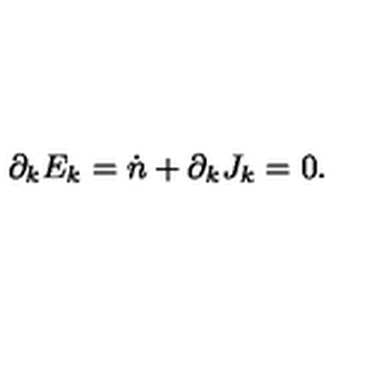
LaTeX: \partial _ { k } E _ { k } = \dot { n } + \partial _ { k } J _ { k } = 0 .